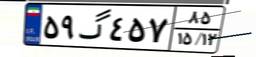
۵۹گ۴۵۷۸۵